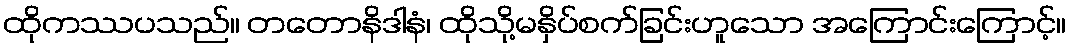
ထိုကဿပသည်။ တတောနိဒါနံ၊ ထိုသို့မနှိပ်စက်ခြင်းဟူသော အကြောင်းကြောင့်။